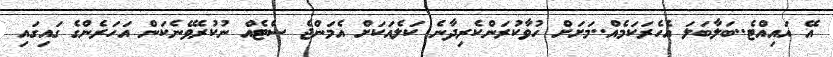
އޭ އައިއްޓެ..ބަލާބަލަ އެހެރަކަމެއް..މަށަށް ހުވާކުރަންކެރިދާނެ ކަލެއަކަށް އެމަންޖެ ސެޓެއް ނުކުރެވޭނެކަން އަހަރެންގެ ގައިގައި